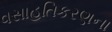
વસાહતિકરણના